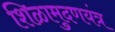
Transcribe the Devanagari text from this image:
शिळामुदणयंत्र